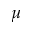
\mu